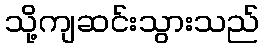
သို့ကျဆင်းသွားသည်